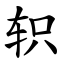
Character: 轵